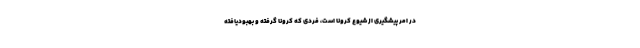
در امر پیشگیری از شیوع کرونا است، فردی که کرونا گرفته و بهبودیافته